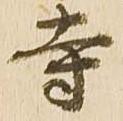
寺